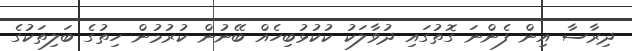
ދިރާސާ އިން ފެންނަ ގޮތުގައި ދުވާލަކު ކުކުޅުބިހެއް ބޭނުން ކުރުމުން ހިތުގެ ބަލިތަކުގެ